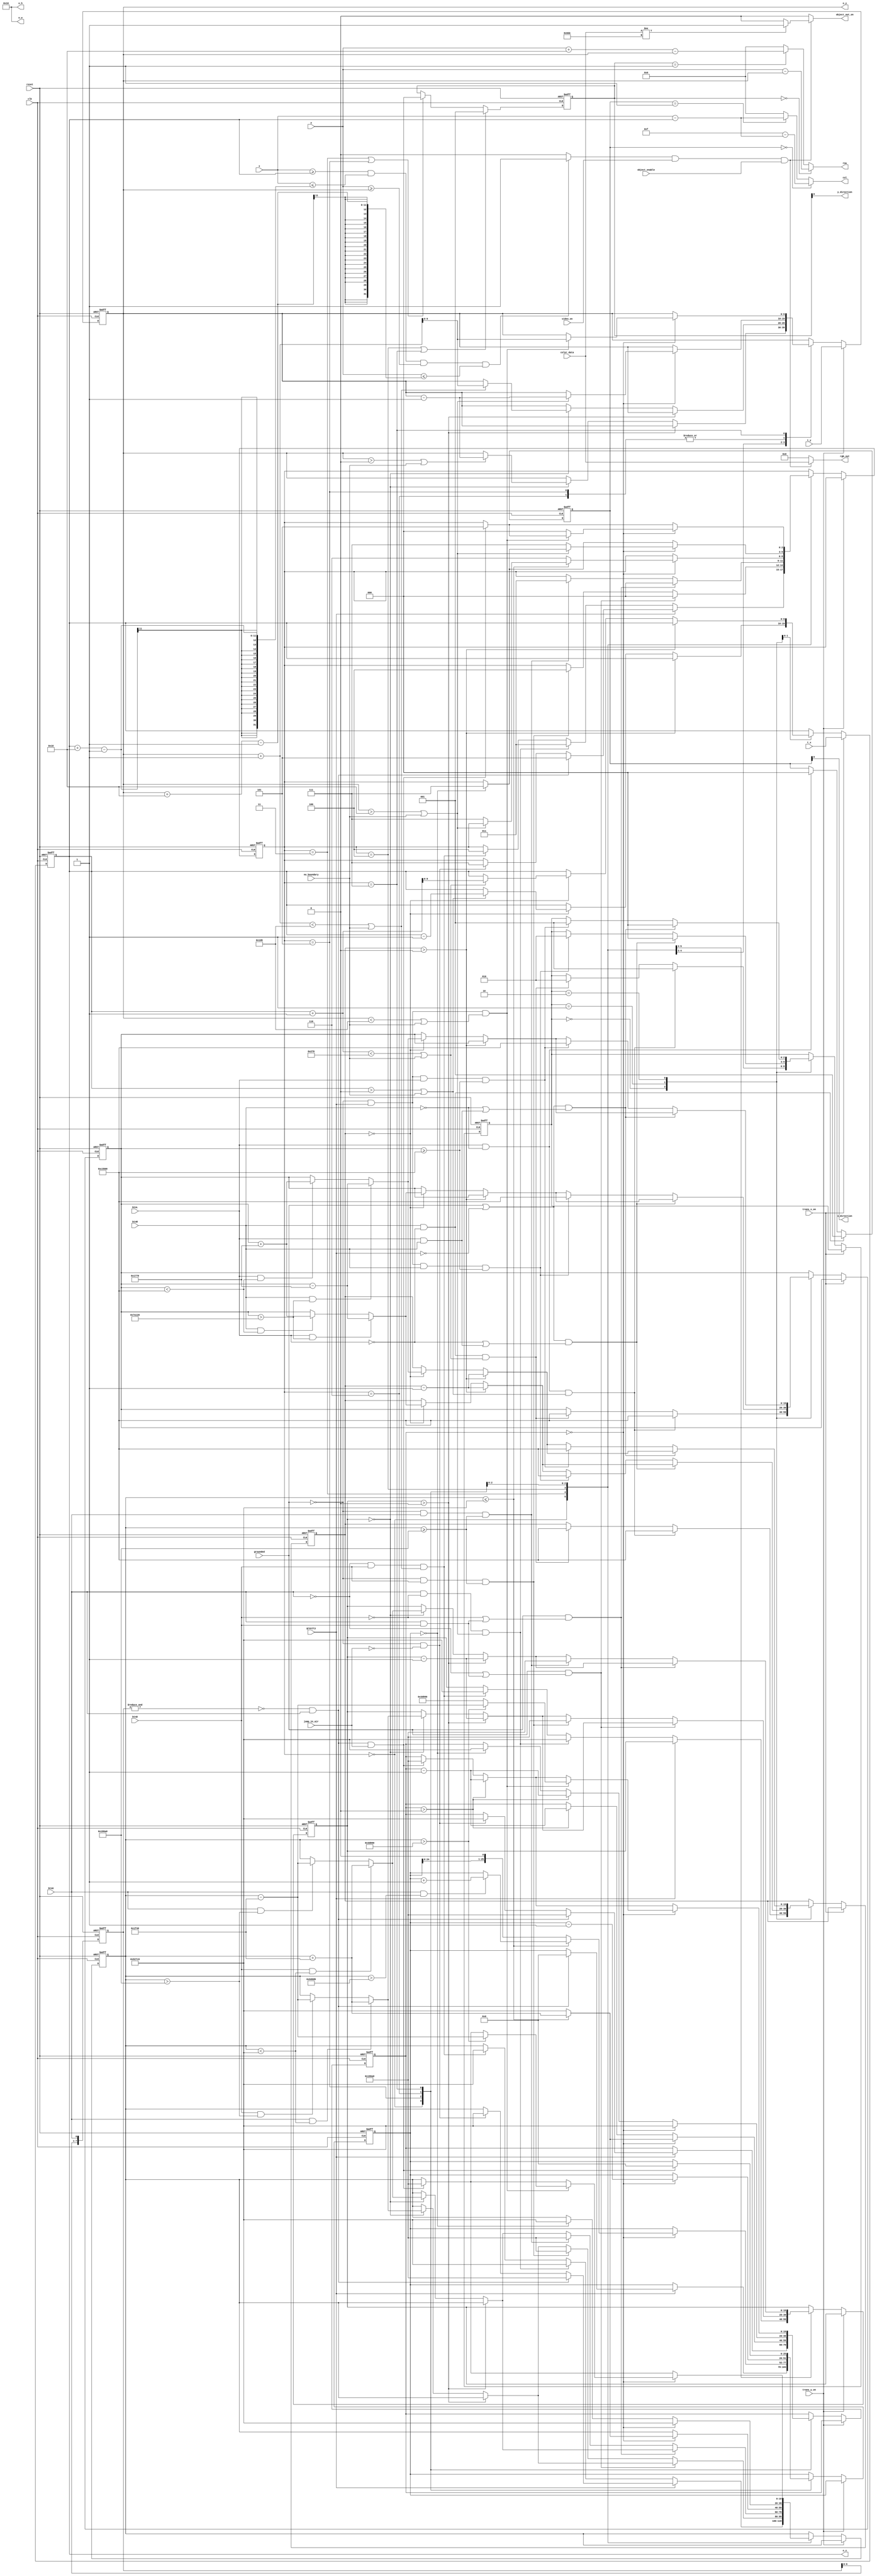
module object_engine
    (
        input wire clk, reset,       // clock/reset inputs for synchronous registers 
        input wire btnU, btnL, btnR, btnD, // inputs used to move object across screen
        input wire video_on,         // input from vga_sync signaling when video signal is on
        input wire object_enable,   // input signals conveying when object is enabled
        input wire [9:0] x, y,       // current pixel coordinates from vga_sync circuit
        input wire grounded,         // input signal conveying when object is grounded on a platform
        input wire gravity,         // input signal conveying when gravity is considered
        input wire jump_in_air,     // input signal conveying when jumping in air is allowed
        input wire [11:0] color_data, // input signal for get colors in ROM
        input wire no_boundary,      // input signal for objects that not limited in boundary
        input wire [9:0] t_x, t_y, // input signals for transformation coordinates
        input wire trans_x_on, trans_y_on, // input signals conveying when transformation is on 
        output reg [11:0] rgb_out,   // output rgb signal for current object pixel
        output reg object_out_on,         // output signal asserted when input x/y are within object object in display area
        output wire [9:0] o_x, o_y,  // output signals for object's current location within display area
	    output wire x_direction,        // output signal conveying object's x direction of motion
        output wire y_direction,        // output signal conveying object's y direction of motion
        output reg [9:0] o_w, o_h,   // output signals for object's width and height
        output wire [9:0] row, col    // output signals for current row and column in ROM
    );
   
    // constant declarations
    // pixel coordinate boundaries for VGA display area
    localparam MIN_X = 0;
    localparam MAX_X = 640;
    localparam MAX_Y = 480;
    localparam MIN_Y =  16;
   
    // tile width and height
    parameter T_W = 16;
    parameter T_H = 16;

    // starting position
    parameter START_X = 150;
    parameter START_Y = 240;

    // output width and height
    always @(*)
    begin
        o_w <= T_W;
        o_h <= T_H;
    end
   
    /***********************************************************************************/
    /*                           object location registers                             */  
    /***********************************************************************************/
    // object location regs, pixel location with respect to top left corner
    reg [9:0] s_x_reg, s_y_reg;
    reg [9:0] s_x_next, s_y_next;
   
    // infer registers for object location
    always @(posedge clk, posedge reset)
        if (reset)
            begin
            s_x_reg     <= START_X;                
            s_y_reg     <= START_Y; 
            end
        else
            begin
            s_x_reg     <= s_x_next;
            s_y_reg     <= s_y_next;
            end
   
    /***********************************************************************************/
    /*                                direction register                               */  
    /***********************************************************************************/
    // determines if object object tiles are displayed normally or mirrored in x dimension
   
    // symbolic states for motions
    localparam LEFT = 0;
    localparam RIGHT = 1;
    localparam UP = 0;
    localparam DOWN = 1;
   
    reg [2:0] x_dir_reg, y_dir_reg, x_dir_next, y_dir_next;
   
    // infer register
    always @(posedge clk, posedge reset)
        if (reset)
        begin
            x_dir_reg     <= RIGHT;
            y_dir_reg     <= UP;
        end
        else
        begin
            x_dir_reg     <= x_dir_next;
            y_dir_reg     <= y_dir_next;
        end
    
	// direction register next-state logic
    always @*
        begin
        x_dir_next = x_dir_reg;
        y_dir_next = y_dir_reg;   // default, stay the same
       
        if(btnL && !btnR)     // if left button pressed, change value to LEFT
            x_dir_next = LEFT;  
           
        if(btnR && !btnL)     // if right button pressed, change value to RIGHT
            x_dir_next = RIGHT;
                
        if(y_state_reg == up || y_state_reg == jump_up)
            y_dir_next = UP;  
           
        if(y_state_reg == down || y_state_reg == jump_down)
            y_dir_next = DOWN;
        end
   
    /***********************************************************************************/
    /*                           FSMD for motion and momentum                        */  
    /***********************************************************************************/
   
    // symbolic state representations for FSM
    localparam [2:0] no_dir = 3'b000,
                     left = 3'b001,
                    right = 3'b010,
                       up = 3'b011,
                     down = 3'b100,
                  jump_up = 3'b101, // jumping up
               jump_extra = 3'b110, // extra jumping distance
               jump_down  = 3'b111; // jumping down;      

    // to simulate x axis motion and momentum there is a countdown register x_time_reg that must decrement
    // on clk edges to 0 between object position updates. The initial value sets the speed of motion. This
    // register decrements from a smaller value each successive move when a directional button is held, such that 
    // the object will slowly speed up to a maximum speed, which is given by a minimum countdown time value. 
    // When object is grounded, the momentum in x can change to another direction instantaneously. 
                     
    // constant parameters that determine x direction speed              
    parameter TIME_START_X  =   800000;  // starting value for x_time & x_start registers
    parameter TIME_STEP_X   =     6000;  // increment/decrement step for x_time register between object position updates
    parameter TIME_MIN_X    =   500000;  // minimum time_x reg value (fastest updates between position movement
               
    reg [2:0] x_state_reg, x_state_next;  // register for FSMD x motion state
    reg [19:0] x_time_reg, x_time_next;   // register to keep track of count down/up time for x motion
    reg [19:0] x_start_reg, x_start_next; // register to keep track of start time for count down/up for x motion
   
    // infer registers for FSMD state and x motion time
    always @(posedge clk, posedge reset)
        if (reset)
            begin
            x_state_reg <= no_dir;
            x_start_reg <= 0;
            x_time_reg  <= 0;
            end
        else
            begin
            x_state_reg <= x_state_next;
            x_start_reg <= x_start_next;
            x_time_reg  <= x_time_next;
            end
   
    // FSM next-state logic and data path
    always @*
        begin
        // defaults
        s_x_next     = s_x_reg;
        x_state_next = x_state_reg;
        x_start_next = x_start_reg;
        x_time_next  = x_time_reg;

        if (trans_x_on)
            s_x_next = t_x;
        else
        begin
        case (x_state_reg)
            
            no_dir:
                begin
                if(btnL && !btnR && (s_x_reg > MIN_X || no_boundary))                             // if left button pressed and can move left                  
                    begin
                    x_state_next = left;                                        // go to left state
                    x_time_next  = TIME_START_X;                                // set x_time reg to start time
                    x_start_next = TIME_START_X;                                // set start time reg to start time
                    end
                else if(!btnL && btnR && (s_x_reg + 1 < MAX_X - T_W || no_boundary ))           // if right button pressed and can move right
                    begin
                    x_state_next = right;                                       // go to right state
                    x_time_next  = TIME_START_X;                                // set x_time reg to start time
                    x_start_next = TIME_START_X;                                // set start time reg to start time
                    end
                end
               
            left:
                begin
                if(x_time_reg > 0)                                              // if x_time reg > 0,
                    x_time_next = x_time_reg - 1;                               // decrement
                   
                else if(x_time_reg == 0)                                        // if x_time reg = 0
                    begin 
                    if(s_x_reg > MIN_X || no_boundary)                                           // is object can move left,
                        s_x_next = s_x_reg - 1;                                 // move left
                    
		            if(btnL && x_start_reg > TIME_MIN_X)                    	// if left button pressed and x_start_reg > min,
                        begin                                                   // make object move faster in x direction,
                        x_start_next = x_start_reg - TIME_STEP_X;               // set x_start_reg to decremented start time
                        x_time_next  = x_start_reg - TIME_STEP_X;               // set x_time_reg to decremented start time
                        end
                       
                    else if(btnR && x_start_reg < TIME_START_X)                 // if object isnt on ground, and right button is pressed,
                        begin                                                   // and x_start_reg is < start time, slow down left motion
                        x_start_next = x_start_reg + TIME_STEP_X;               // set x_start_reg to incremented start time
                        x_time_next  = x_start_reg + TIME_STEP_X;               // set x_time_reg  to incremented start time
                        end
                    else                                                        // else left motion stays the same
                        begin
                        x_start_next = x_start_reg;                             // x_start_reg stays the same
                        x_time_next  = x_start_reg;                             // x_time_reg  stays the same
                        end
                    end
                   
                if((grounded || !gravity) && (!btnL || (btnL && btnR)))                       // if object grounded, and left button unpressed, or both pressed
                    x_state_next = no_dir;                                      // go to no direction state
                else if((!grounded && gravity) && btnR && x_start_reg >= TIME_START_X)       // if mid air and right button pressed and left momentum minimized
                    begin
		            x_state_next = right;                                       // go to right state and start moving right
		            x_time_next  = TIME_START_X;                                // set x_time reg to start time
                    x_start_next = TIME_START_X;                                // set start time reg to start time
		        end
		        end
			
	        right:
                begin
		        if(x_time_reg > 0)                                              // if x_time reg > 0,
			        x_time_next = x_time_reg - 1;                               // decrement
				
		        else if(x_time_reg == 0)                                        // if x_time reg = 0
			        begin
			        if(s_x_reg + 1 < MAX_X - T_W || no_boundary)                          // is object can move right,
			            s_x_next = s_x_reg + 1;                                 // move right
						
                    if(btnR && x_start_reg > TIME_MIN_X)                        // if right button pressed and x_start_reg > min,
                        begin                                                   // make object move faster in x direction,
                        x_start_next = x_start_reg - TIME_STEP_X;               // set x_start_reg to decremented start time
                        x_time_next  = x_start_reg - TIME_STEP_X;               // set x_time_reg to decremented start time
                        end
                    else if(btnL && x_start_reg < TIME_START_X)                 // if object isnt on ground, and left button is pressed,
                        begin                                                   // and x_start_reg is < start time, slow down left motion
                        x_start_next = x_start_reg + TIME_STEP_X;               // set x_start_reg to incremented start time
                        x_time_next  = x_start_reg + TIME_STEP_X;               // set x_time_reg  to incremented start time
                        end
                                
                    else                                                        // else right motion stays the same
                        begin
                        x_start_next = x_start_reg;                             // x_start_reg stays the same
                        x_time_next  = x_start_reg;                             // x_time_reg  stays the same
                        end
                    end
                        
                if((grounded || !gravity) && (!btnR || (btnL && btnR)))                       // if object grounded, and right button unpressed, or both pressed
                    x_state_next = no_dir;                                      // go to no direction state
                else if((!grounded && gravity) && btnL && x_start_reg >= TIME_START_X)       // if mid air and left button pressed and right momentum minimized
                    begin
                    x_state_next = left;                                        // go to left state and start moving left
                    x_time_next  = TIME_START_X;                                // set x_time reg to start time
                    x_start_next = TIME_START_X;                                // set start time reg to start time
                    end
                end	
            endcase
            end
        end    
       
    // constant parameters that determine y direction speed              
    parameter TIME_START_Y  =   100000;  // starting value for y_time & y_start registers
    parameter TIME_STEP_Y   =     8000;  // increment/decrement step for y_time register between object position updates
    parameter TIME_MAX_Y        =   600000;  // maximum time reached at peak of jump
    parameter TIME_TERM_Y       =   250000;  // terminal time reached when jumping down
    parameter BEGIN_COUNT_EXTRA =   450000;  // when jumping up and load value exceeds this value, start incrementing extra_up_reg
               
    reg [2:0] y_state_reg, y_state_next;  // register for FSMD x motion state
    reg [19:0] y_time_reg, y_time_next;   // register to keep track of count down/up time for x motion
    reg [19:0] y_start_reg, y_start_next; // register to keep track of start time for count down/up for x motion
    reg [19:0] jump_t_reg, jump_t_next;     // register to keep track of count down/up time for jumping
    reg [25:0] extra_up_reg, extra_up_next; // reg to count number of extra pixels up to jump for amount of time btnU held
   

    // signals for up-button positive edge signal
    reg [7:0] btnU_reg;
    wire btnU_edge;
    assign btnU_edge = ~(&btnU_reg) & btnU;

    // infer registers for FSMD state and x motion time
    always @(posedge clk, posedge reset)
        if (reset)
            begin
            y_state_reg <= no_dir;
            y_start_reg <= 0;
            y_time_reg  <= 0;
            extra_up_reg <= 0;
            jump_t_reg   <= 0;
            btnU_reg     <= 0;
            end
        else
            begin
            y_state_reg <= y_state_next;
            y_start_reg <= y_start_next;
            jump_t_reg   <= jump_t_next;
            y_time_reg  <= y_time_next;
            extra_up_reg <= extra_up_next;
            btnU_reg    <= {btnU_reg[6:0], btnU};
            end

   
    // FSM next-state logic and data path
    always @*
        begin
        // defaults
        s_y_next     = s_y_reg;
        y_state_next = y_state_reg;
        y_start_next = y_start_reg;
        y_time_next  = y_time_reg;
        jump_t_next   = jump_t_reg;
        extra_up_next = extra_up_reg;

        if (trans_y_on)
            s_y_next = t_y;
        else
        begin
        case (y_state_reg)
            
            no_dir:
                begin
                if (!gravity)
                begin
                    if(btnU && !btnD && (s_y_reg > MIN_Y || no_boundary))                             // if up button pressed and can move up                  
                        begin
                        y_state_next = up;                                        // go to up state
                        y_time_next  = TIME_MAX_Y;                                // set y_time reg to start time
                        y_start_next = TIME_MAX_Y;                                // set start time reg to start time
                        end
                    else if(!btnU && btnD && (s_y_reg + 1 < MAX_Y - T_H || no_boundary))           // if down button pressed and can move down
                        begin
                        y_state_next = down;                                       // go to down state
                        y_time_next  = TIME_MAX_Y;                                // set y_time reg to start time
                        y_start_next = TIME_MAX_Y;                                // set start time reg to start time
                        end
                end
                else
                begin 
                    if (!grounded && !jump_in_air)
                        begin
                        y_state_next = jump_down;           // go to jump down state
                        y_start_next = TIME_MAX_Y;          // load max time in start time reg
                        jump_t_next  = TIME_MAX_Y;          // load max time in jumpt time reg
                        end
                    if (btnU_edge)                           // if up button pressed
                        begin
                        y_state_next = jump_up;             // go to jump up state
                        y_start_next = TIME_START_Y;        // load start time in start time reg
                        jump_t_next = TIME_START_Y;         // load start time in jump time reg
                        extra_up_next = 0;                  // set extra up count 0
                        end
               end
               end

            up:
                begin
                if(y_time_reg > 0)                                              // if y_time reg > 0,
                    y_time_next = y_time_reg - 1;                               // decrement
                   
                else if(y_time_reg == 0)                                        // if y_time reg = 0
                    begin 
                    if(s_y_reg > 0 || no_boundary)                                           // is object can move up,
                        s_y_next = s_y_reg - 1;                                 // move up
                    
		            if(btnU && y_start_reg < TIME_MAX_Y)                    	// if up button pressed and y_start_reg > min,
                        begin                                                   // make object move faster in x direction,
                        y_start_next = y_start_reg + TIME_STEP_Y;               // set y_start_reg to decremented start time
                        y_time_next  = y_start_reg + TIME_STEP_Y;               // set y_time_reg to decremented start time
                        end
                       
                    else if(btnD && y_start_reg > TIME_START_Y)                 // if object isnt on ground, and down button is pressed,
                        begin                                                   // and y_start_reg is < start time, slow down up motion
                        y_start_next = y_start_reg - TIME_STEP_Y;               // set y_start_reg to incremented start time
                        y_time_next  = y_start_reg - TIME_STEP_Y;               // set y_time_reg  to incremented start time
                        end
                    else                                                        // else up motion stays the same
                        begin
                        y_start_next = y_start_reg;                             // y_start_reg stays the same
                        y_time_next  = y_start_reg;                             // y_time_reg  stays the same
                        end
                    end
                   
                if(grounded && (!btnU || (btnU && btnD)))                       // if object grounded, and up button unpressed, or both pressed
                    y_state_next = no_dir;                                      // go to no direction state
                else if(!grounded && btnD && y_start_reg >= TIME_START_Y)       // if mid air and down button pressed and up momentum minimized
                    begin
		            y_state_next = down;                                       // go to down state and start moving down
		            y_time_next  = TIME_START_Y;                                // set y_time reg to start time
                    y_start_next = TIME_START_Y;                                // set start time reg to start time
		        end
		        end
			
	        down:
                begin
		        if(y_time_reg > 0)                                              // if y_time reg > 0,
			        y_time_next = y_time_reg - 1;                               // decrement
				
		        else if(y_time_reg == 0)                                        // if y_time reg = 0
			        begin
			        if(s_y_reg + 1 < MAX_Y - T_H || no_boundary)                          // is object can move down,
			            s_y_next = s_y_reg + 1;                                 // move down
						
                    if(btnD && y_start_reg < TIME_MAX_Y)                        // if down button pressed and y_start_reg > min,
                        begin                                                   // make object move faster in y direction,
                        y_start_next = y_start_reg + TIME_STEP_Y;               // set y_start_reg to decremented start time
                        y_time_next  = y_start_reg + TIME_STEP_Y;               // set y_time_reg to decremented start time
                        end
                    else if(btnU && y_start_reg > TIME_START_Y)                 // if object isnt on ground, and up button is pressed,
                        begin                                                   // and y_start_reg is < start time, slow down up motion
                        y_start_next = y_start_reg - TIME_STEP_Y;               // set y_start_reg to incremented start time
                        y_time_next  = y_start_reg - TIME_STEP_Y;               // set y_time_reg  to incremented start time
                        end
                                
                    else                                                        // else down motion stays the same
                        begin
                        y_start_next = y_start_reg;                             // y_start_reg stays the same
                        y_time_next  = y_start_reg;                             // y_time_reg  stays the same
                        end
                    end
                        
                if(grounded && (!btnD || (btnU && btnD)))                       // if object grounded, and down button unpressed, or both pressed
                    y_state_next = no_dir;                                      // go to no direction state
                else if(!grounded && btnU && y_start_reg >= TIME_START_Y)       // if mid air and up button pressed and down momentum minimized
                    begin
                    y_state_next = up;                                        // go to up state and start moving up
                    y_time_next  = TIME_START_Y;                                // set y_time reg to start time
                    y_start_next = TIME_START_Y;                                // set start time reg to start time
                    end
                end	
 
            jump_up:
                begin
               
                if(jump_t_reg > 0)                                // if jump time reg > 0
                    begin
                    jump_t_next = jump_t_reg - 1;                 // decrement reg
                    end
                   
                if(jump_t_reg == 0)                               // if jump time reg = 0
                    begin
                    if(btnU && y_start_reg > BEGIN_COUNT_EXTRA)   // if btnU still pressed, after certain time
                        extra_up_next = extra_up_reg + 1;         // increment extra up count
                    
                if( s_y_next > MIN_Y || no_boundary)                 	// if object can go up
                    s_y_next = s_y_reg - 1;                   // move object object up by one pixel
                else 				                  // else if object will hit ceiling
                begin
                    y_state_next = jump_down;                 // go to jump down state
                    y_start_next = TIME_MAX_Y;                // load max time in start time reg
                    jump_t_next  = TIME_MAX_Y;                // load max time in jump time reg
                end
						
                if(y_start_reg <= TIME_MAX_Y)                 // if start time reg < maximum
                            begin
                            y_start_next = y_start_reg + TIME_STEP_Y; // increment start time reg
                            jump_t_next = y_start_reg + TIME_STEP_Y;  // set jump time reg to new start value
                            end
                        else                                          // else if start time reg > maximum
                            begin
                            y_state_next = jump_extra;                // go to jump down state
                            extra_up_next = extra_up_reg << 1;
                            y_start_next = TIME_MAX_Y;                // load max time in start time reg
                            jump_t_next  = TIME_MAX_Y;                // load max time in jump time reg
                            end
                        end
                    end
               
            jump_extra:
                begin
               
                if(extra_up_reg == 0)                       // extra jumping is done
                    begin
                    y_state_next = jump_down;               // go to jump down state
                    y_start_next = TIME_MAX_Y;              // load max time in start time reg
                    jump_t_next  = TIME_MAX_Y;              // load max time in jumpt time reg
                    end
               
                if(jump_t_reg > 0)                          // if jump time reg > 0
                    begin
                    jump_t_next = jump_t_reg - 1;           // decrement reg
                    end
                   
                if(jump_t_reg == 0)                         // if jump time reg = 0
                    begin
                    extra_up_next = extra_up_reg - 1;       // decrement extra jump up count reg
                    
                if( s_y_next > MIN_Y || no_boundary)                   // if object can go up
                    s_y_next = s_y_reg - 1;             // move object object up by one pixel
                else 									// else if object will hit ceiling
                    y_state_next = jump_down;           // go to jump down state
        
                    y_start_next = TIME_MAX_Y;              // reset start time reg to max time
                    jump_t_next = TIME_MAX_Y;               // reset jump time reg to max time
                end
                end
           
            jump_down:
                begin

                if (btnU_edge && jump_in_air)                           // if up button pressed and jumping in air is allowed
                    begin
                    y_state_next = jump_up;             // go to jump up state
                    y_start_next = TIME_START_Y;        // load start time in start time reg
                    jump_t_next = TIME_START_Y;         // load start time in jump time reg
                    extra_up_next = 0;                  // set extra up count 0
                    end

                if(jump_t_reg > 0)                                    // if jump time reg > 0
                    begin
                    jump_t_next = jump_t_reg - 1;                     // decrement reg
                    end
                   
                if(jump_t_reg == 0)                                   // if jump time reg = 0
                    begin
                    if(!grounded && gravity && (s_y_next < MAX_Y - T_H || no_boundary))                                      // if object object is on ground or platform
                        begin
                        s_y_next = s_y_reg + 1;                       // move object down one pixel
                        if(y_start_reg > TIME_TERM_Y)                 // if time start reg isn't down to start time
                            begin
                            y_start_next = y_start_reg - TIME_STEP_Y; // dercrement time start reg
                            jump_t_next = y_start_reg - TIME_STEP_Y;  // set jump time reg to new start time
                            end
                        else
                            begin  
                            jump_t_next = TIME_TERM_Y;
                            end
                        end
                    else                                              // else if object position is at bottom
                        y_state_next = no_dir;                      // go to standing state
                    end
                end
            endcase
            end
        end    

    /***********************************************************************************/
    /*                                     ROM indexing                                */  
    /***********************************************************************************/  
                   
   
    // current pixel coordinate minus current object coordinate gives ROM index
	// column indexing depends on direction
    assign col = (x_dir_reg == LEFT)  ? (T_W - 1 - (x - s_x_reg)) :
                 (x_dir_reg == RIGHT)  ?            ((x - s_x_reg)) : 0;
    
    // row indexing
    assign row = (y_dir_reg == UP)  ? (y - s_y_reg): 
                 (y_dir_reg == DOWN)  ? (y + T_H - s_y_reg): 0;
				 
	
    // vector to signal when vga_sync pixel is within object tile
    wire object_on = (x >= s_x_reg) && (x <= s_x_reg + T_W - 1) && (y >= s_y_reg) && (y <= s_y_reg + T_H - 1) ? 1 : 0;
   
   
    // assign module output signals
    assign o_x = s_x_reg;
    assign o_y = s_y_reg;
    assign x_direction = x_dir_reg;
    assign y_direction = y_dir_reg;
	
    // rgb output
    always @*
		begin
		// defaults
		object_out_on = 0;
		rgb_out = 0;
		
		if(object_on && video_on &&object_enable)               // if x/y in object region  
			begin
			rgb_out = color_data;               // else output rgb data for object
		
			if(rgb_out != 12'b011011011110)               // if rgb data isn't object background color
					object_out_on = 1;                         // assert object_on signal to let display_top draw current pixel   
			end
        end
endmodule